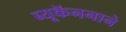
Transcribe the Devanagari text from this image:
ब्यूकॅननाने